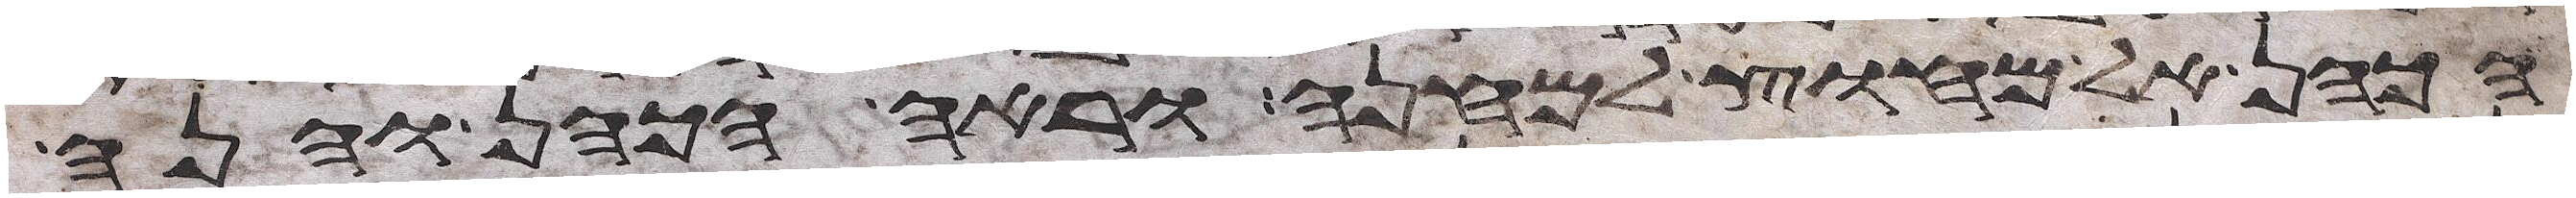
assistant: הכהן אל מחוץ למחנה וראה הכהן והנה